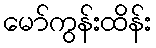
မော်ကွန်းထိန်း